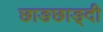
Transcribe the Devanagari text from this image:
छाङछाङ्दी